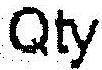
QTY